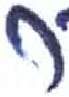
אות: ר